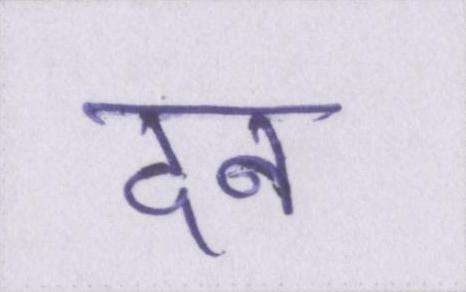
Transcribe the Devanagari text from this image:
दन